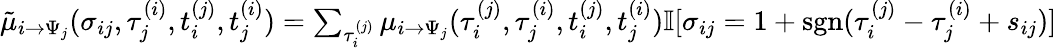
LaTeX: \begin{array}{r}{\tilde{\mu}_{i\to\Psi_{j}}(\sigma_{ij},\tau_{j}^{(i)},t_{i}^{(j)},t_{j}^{(i)})=\sum_{\tau_{i}^{(j)}}\mu_{i\to\Psi_{j}}(\tau_{i}^{(j)},\tau_{j}^{(i)},t_{i}^{(j)},t_{j}^{(i)})\mathbb{I}[\sigma_{ij}=1+\mathrm{sgn}(\tau_{i}^{(j)}-\tau_{j}^{(i)}+s_{ij})]}\end{array}